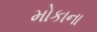
મોકાના